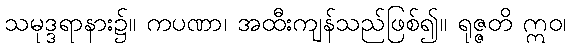
သမုဒ္ဒရာနား၌။ ကပဏာ၊ အထီးကျန်သည်ဖြစ်၍။ ရုဇ္ဇတိ ဣဝ၊